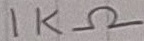
Text: 1KΩ